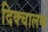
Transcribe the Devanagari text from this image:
दिक्चालक